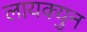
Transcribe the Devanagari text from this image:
लायक्युन